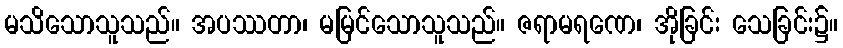
မသိသောသူသည်။ အပဿတာ၊ မမြင်သောသူသည်။ ဇရာမရဏေ၊ အိုခြင်း သေခြင်း၌။